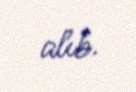
alıb.